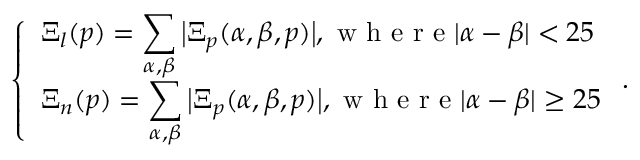
\left\{ \begin{array} { l l } { \Xi _ { l } ( p ) = \displaystyle \sum _ { \alpha , \beta } \big \vert \Xi _ { p } ( \alpha , \beta , p ) \big \vert , \mathrm { ~ w ~ h ~ e ~ r ~ e ~ } \vert \alpha - \beta \vert < 2 5 } \\ { \Xi _ { n } ( p ) = \displaystyle \sum _ { \alpha , \beta } \big \vert \Xi _ { p } ( \alpha , \beta , p ) \big \vert , \mathrm { ~ w ~ h ~ e ~ r ~ e ~ } \vert \alpha - \beta \vert \ge 2 5 } \end{array} \right. .